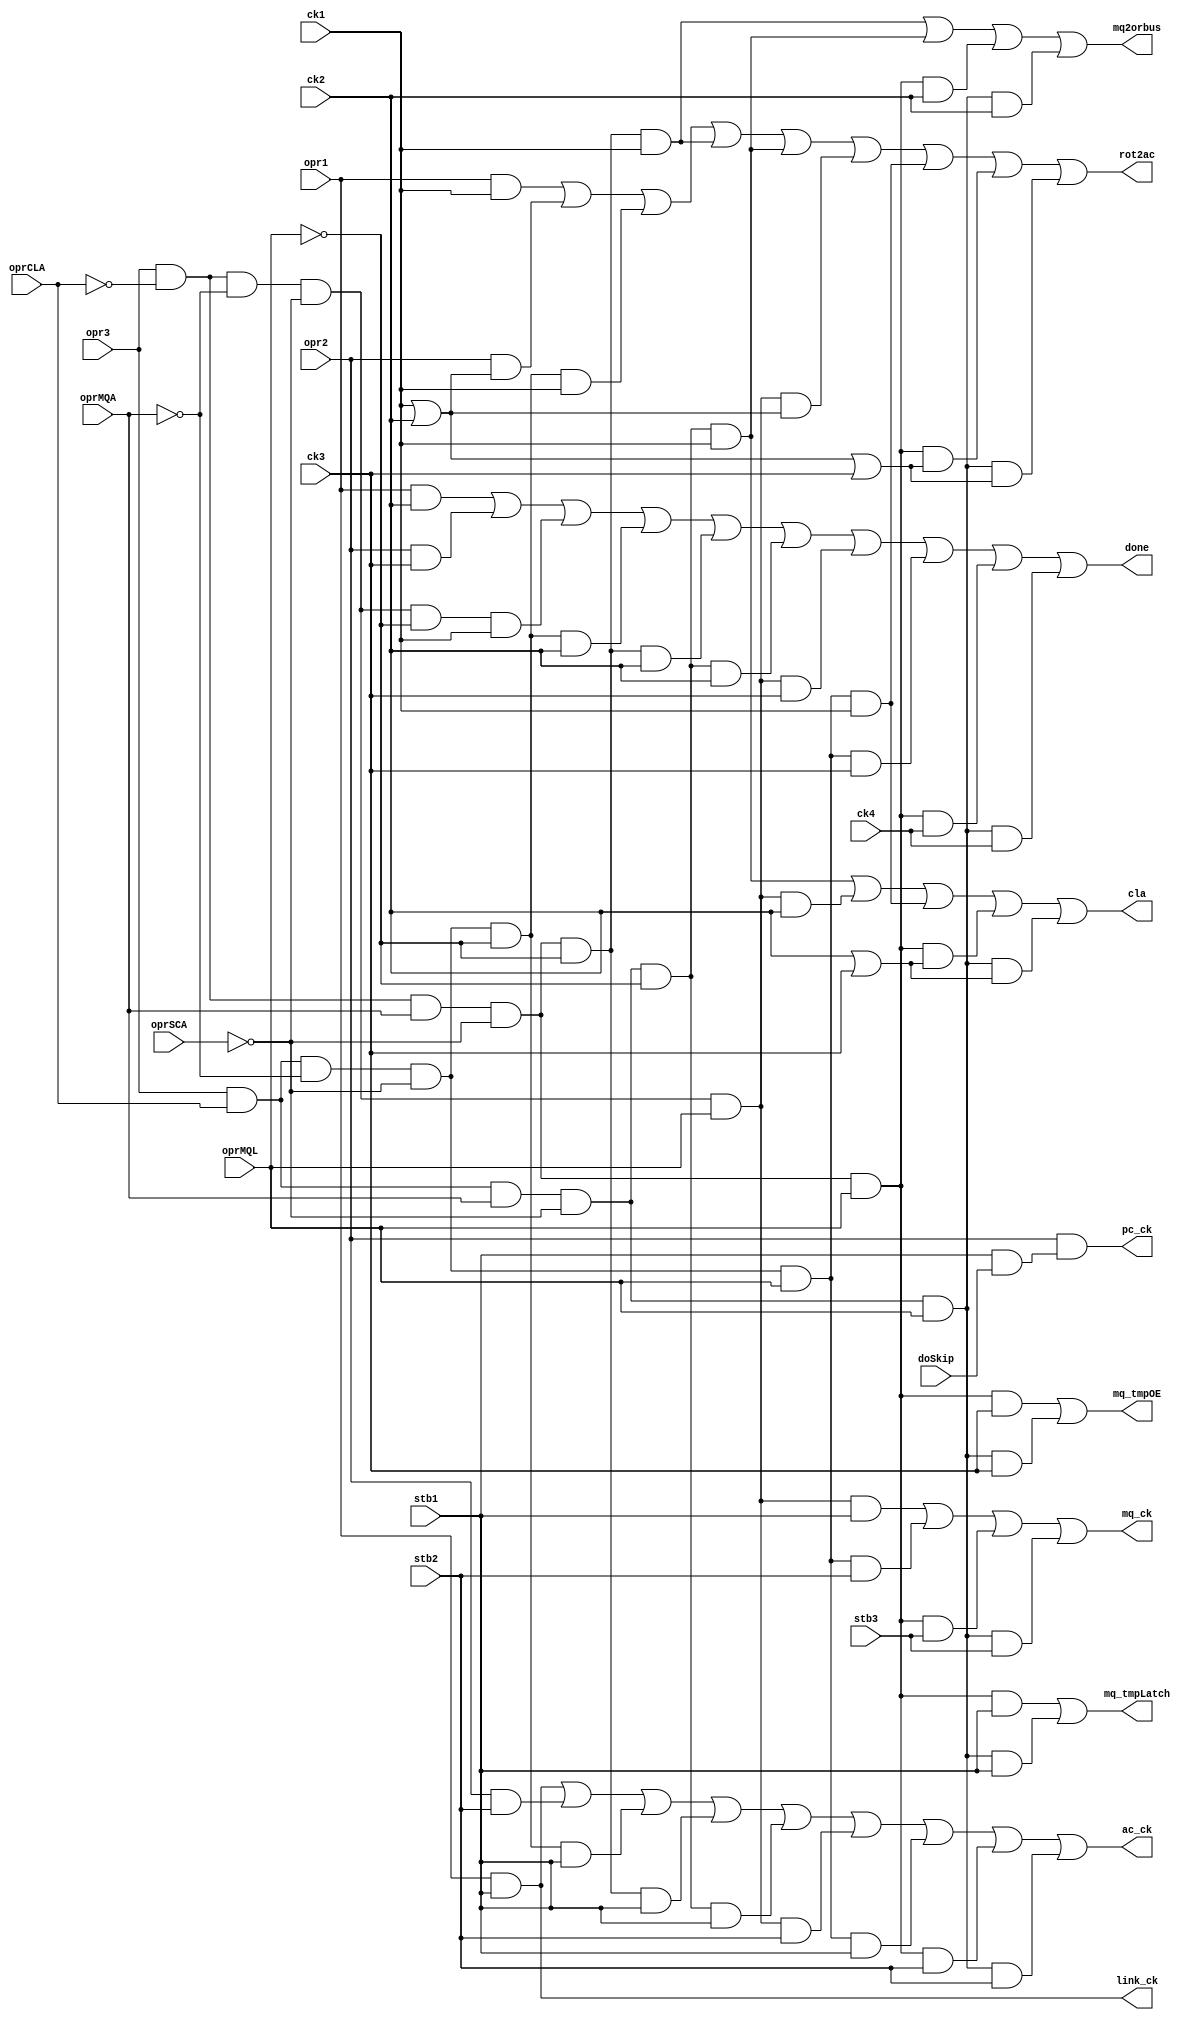
//
// InstructionOPR.v - for the PDP-8 in Verilog project
//
// github.com/SmallRoomLabs/PDP8-Verilog
// Mats Engstrom - mats.engstrom@gmail.com
//
// InstructionOPR | 0 | 15 | 0 | 10
//

`default_nettype none

module InstructionOPR (
  input ck1, ck2, ck3, ck4,
  input stb1,stb2,stb3,
  input doSkip,
  input opr1,
  input opr2,
  input opr3,
  input oprCLA,
  input oprMQA,
  input oprMQL,
  input oprSCA,

  output ac_ck,
  output cla,
  output done,
  output link_ck,
  output mq_ck,
  output mq2orbus,
  output pc_ck,
  output rot2ac,
  output mq_tmpLatch,
  output mq_tmpOE
);

wire      ac_ckOPR1, ac_ckOPR2, ac_ckOPR3B, ac_ckOPR3C, ac_ckOPR3D, ac_ckOPR3I, ac_ckOPR3J, ac_ckOPR3K, ac_ckOPR3L;
or(ac_ck, ac_ckOPR1, ac_ckOPR2, ac_ckOPR3B, ac_ckOPR3C, ac_ckOPR3D, ac_ckOPR3I, ac_ckOPR3J, ac_ckOPR3K, ac_ckOPR3L);

wire    claO3D, claO3I, claO3J, claO3K, claO3L;
or(cla, claO3D, claO3I, claO3J, claO3K, claO3L);

wire     doneOPR1, doneOPR2, doneOPR3A, doneOPR3B, doneOPR3C, doneOPR3D, doneOPR3I, doneOPR3J, doneOPR3K, doneOPR3L;
or(done, doneOPR1, doneOPR2, doneOPR3A, doneOPR3B, doneOPR3C, doneOPR3D, doneOPR3I, doneOPR3J, doneOPR3K, doneOPR3L);

wire        link_ckOPR1;
or(link_ck, link_ckOPR1);

wire      mq_ckOPR3I, mq_ckOPR3J, mq_ckOPR3K, mq_ckOPR3L;
or(mq_ck, mq_ckOPR3I, mq_ckOPR3J, mq_ckOPR3K, mq_ckOPR3L);

wire         mq2orbusOPR3C, mq2orbusOPR3D, mq2orbusOPR3K, mq2orbusOPR3L;
or(mq2orbus, mq2orbusOPR3C, mq2orbusOPR3D, mq2orbusOPR3K, mq2orbusOPR3L);

wire      pc_ckOPR2;
or(pc_ck, pc_ckOPR2);

wire       rot2acOPR1, rot2acOPR2, rot2acOPR3B, rot2acOPR3C, rot2acOPR3D, rot2acOPR3I, rot2acOPR3J, rot2acOPR3K, rot2acOPR3L;
or(rot2ac, rot2acOPR1, rot2acOPR2, rot2acOPR3B, rot2acOPR3C, rot2acOPR3D, rot2acOPR3I, rot2acOPR3J, rot2acOPR3K, rot2acOPR3L);

wire            mq_tmpLatch3K, mq_tmpLatch3L;
or(mq_tmpLatch, mq_tmpLatch3K, mq_tmpLatch3L);

wire         mq_tmpOE3K, mq_tmpOE3L;
or(mq_tmpOE, mq_tmpOE3K, mq_tmpOE3L);


    wire OP1=opr1;
    wire OP2=opr2;
    wire O3a=opr3 & !oprCLA & !oprMQA & !oprSCA & !oprMQL; // 7401 NOP
    wire O3b=opr3 &  oprCLA & !oprMQA & !oprSCA & !oprMQL; // 7601 CLA
    wire O3c=opr3 & !oprCLA &  oprMQA & !oprSCA & !oprMQL; // 7501 MQA
    wire O3d=opr3 &  oprCLA &  oprMQA & !oprSCA & !oprMQL; // 7701 ACL
    // wire O3e=opr3 & !oprCLA & !oprMQA &  oprSCA & !oprMQL;
    // wire O3f=opr3 &  oprCLA & !oprMQA &  oprSCA & !oprMQL;
    // wire O3g=opr3 & !oprCLA &  oprMQA &  oprSCA & !oprMQL;
    // wire O3h=opr3 &  oprCLA &  oprMQA &  oprSCA & !oprMQL;
    wire O3i=opr3 & !oprCLA & !oprMQA & !oprSCA &  oprMQL; // 7421 MQL
    wire O3j=opr3 &  oprCLA & !oprMQA & !oprSCA &  oprMQL; // 7621 CAM
    wire O3k=opr3 & !oprCLA &  oprMQA & !oprSCA &  oprMQL; // 7521 SWP
    wire O3l=opr3 &  oprCLA &  oprMQA & !oprSCA &  oprMQL; // 7721 CLA, SWP
    // wire O3m=opr3 & !oprCLA & !oprMQA &  oprSCA &  oprMQL;
    // wire O3n=opr3 &  oprCLA & !oprMQA &  oprSCA &  oprMQL;
    // wire O3o=opr3 & !oprCLA &  oprMQA &  oprSCA &  oprMQL;
    // wire O3p=opr3 &  oprCLA &  oprMQA &  oprSCA &  oprMQL;

    //                            1     1      2     2      3     3      4     4      5     5      6     6
    //                            ### | #### | ### | #### | ### | #### | ### | #### | ### | #### | ### | #### 
    assign rot2acOPR1=      OP1&(ck1                                                                        );
    assign ac_ckOPR1=       OP1&(      stb1                                                                 );
    assign link_ckOPR1=     OP1&(      stb1                                                                 );
    assign doneOPR1=        OP1&(           ck2                                                             );

    //                            1     1      2     2      3     3      4     4      5     5      6     6
    //                            ### | #### | ### | #### | ### | #### | ### | #### | ### | #### | ### | #### 
    assign rot2acOPR2=      OP2&(ck1 |        ck2                                                           );
    assign pc_ckOPR2=       OP2&(      stb1 & doSkip                                                        );
    assign ac_ckOPR2=       OP2&(                   stb2                                                    );
    assign doneOPR2=        OP2&(                          ck3                                              );

    //  1--CLA
    //  2--MQA, MQL
    //  3--ALL OTHERS

    //
    // NOP        7401    no operation                      ()
    // CLA        7601    clear AC                          (CLA)
    // MQL        7421    load MQ from AC then clear AC     (MQL)
    // MQA        7501    inclusive OR the MQ with the AC   (MQA)
    // CAM        7621    clear AC and MQ                   (CLA, MQL)
    // SWP        7521    swap AC and MQ                    (MQL,MQA,SWP)
    // ACL        7701    load MQ into AC                   (CLA,MQA)
    // CLA, SWP   7721    load AC from MQ then clear MQ     (CLA,MQL,MQA,SWP)
    //


    // NOP        7401    no operation                      ()
    //                            1     1      2     2      3     3      4     4      5     5      6     6
    //                            ### | #### | ### | #### | ### | #### | ### | #### | ### | #### | ### | #### 
    assign doneOPR3A=        O3a&(ck1                                                                        );


    // CLA        7601    clear AC                          (CLA)
    //                            1     1      2     2      3     3      4     4      5     5      6     6
    //                            ### | #### | ### | #### | ### | #### | ### | #### | ### | #### | ### | #### 
    assign rot2acOPR3B=      O3b&(ck1                                                                        );
    assign ac_ckOPR3B=       O3b&(      stb1                                                                 );
    assign doneOPR3B=        O3b&(             ck2                                                           );


    // MQA        7501    inclusive OR the MQ with the AC   (MQA)
    //                            1     1      2     2      3     3      4     4      5     5      6     6
    //                            ### | #### | ### | #### | ### | #### | ### | #### | ### | #### | ### | #### 
    assign rot2acOPR3C=      O3c&(ck1                                                                        );
    assign mq2orbusOPR3C=    O3c&(ck1);
    assign ac_ckOPR3C=       O3c&(      stb1                                                                 );
    assign doneOPR3C=        O3c&(             ck2                                                           );

    // ACL        7701    load MQ into AC                   (CLA,MQA)
    //                            1     1      2     2      3     3      4     4      5     5      6     6
    //                            ### | #### | ### | #### | ### | #### | ### | #### | ### | #### | ### | #### 
    assign rot2acOPR3D=      O3d&(ck1                                                            );
    assign mq2orbusOPR3D=    O3d&(ck1);
    assign claO3D=           O3d&(ck1                                                                        );
    assign ac_ckOPR3D=       O3d&(      stb1                                                                 );
    assign doneOPR3D=        O3d&(                          ck2                                              );


    // MQL        7421    load MQ from AC then clear AC     (MQL)
    //                            1     1      2     2      3     3      4     4      5     5      6     6
    //                            ### | #### | ### | #### | ### | #### | ### | #### | ### | #### | ### | #### 
    assign rot2acOPR3I=      O3i&(ck1 |        ck2                                                           );
    assign mq_ckOPR3I=       O3i&(      stb1                                                                 );
    assign claO3I=           O3i&(             ck2                                                           );
    assign ac_ckOPR3I=       O3i&(                   stb2                                                    );
    assign doneOPR3I=        O3i&(                          ck3                                              );


    // CAM        7621    clear AC and MQ                   (CLA, MQL)
    //                            1     1      2     2      3     3      4     4      5     5      6     6
    //                            ### | #### | ### | #### | ### | #### | ### | #### | ### | #### | ### | #### 
    assign rot2acOPR3J=      O3j&(ck1 |        ck1                                                           );
    assign mq_ckOPR3J=       O3j&(      stb2                                                                 );
    assign claO3J=           O3j&(             ck1                                                           );
    assign ac_ckOPR3J=       O3j&(                   stb1                                                    );
    assign doneOPR3J=        O3j&(                          ck3                                              );

    // SWP        7521    swap AC and MQ                    (MQL,MQA,SWP)
    //                            1     1      2     2      3     3      4     4      5     5      6     6
    //                            ### | #### | ### | #### | ### | #### | ### | #### | ### | #### | ### | #### 
    assign rot2acOPR3K=      O3k&(ck1 |        ck2 |        ck3                                              );
    assign mq_tmpLatch3K=    O3k&(      stb1                                                                 );
    assign claO3K=           O3k&(             ck2 |        ck3                                              );
    assign mq2orbusOPR3K=    O3k&(             ck2                                                           );
    assign ac_ckOPR3K=       O3k&(                   stb2                                                    );
    assign mq_tmpOE3K=       O3k&(                          ck3                                              );
    assign mq_ckOPR3K=       O3k&(                                stb3                                       );
    assign doneOPR3K=        O3k&(                                       ck4                                 );

    // CLA, SWP   7721    load AC from MQ then clear MQ     (CLA,MQL,MQA,SWP)
    //                            1     1      2     2      3     3      4     4      5     5      6     6
    //                            ### | #### | ### | #### | ### | #### | ### | #### | ### | #### | ### | #### 
    assign rot2acOPR3L=      O3l&(ck1 |        ck2 |        ck3                                              );
    assign mq_tmpLatch3L=    O3l&(      stb1                                                                 );
    assign claO3L=           O3l&(             ck2 |        ck3                                              );
    assign mq2orbusOPR3L=    O3l&(             ck2                                                           );
    assign ac_ckOPR3L=       O3l&(                   stb2                                                    );
    assign mq_tmpOE3L=       O3l&(                          ck3                                              );
    assign mq_ckOPR3L=       O3l&(                                stb3                                       );
    assign doneOPR3L=        O3l&(                                       ck4                                 );


    // assign rot2acOPR3L=      O3l&(ck1 |        ck2                                                           );
    // assign mq2orbusOPR3L=    O3l&(             ck2                                                           );
    // assign claO3L=           O3l&(ck1                                                                        );
    // assign ac_ckOPR3L=       O3l&(      stb1 |       stb2                                                    );
    // assign mq_holdOPR3L=     O3l&(             ck2                                                           );
    // assign mq_ckOPR3L=       O3l&(                   stb2                                                    );
    // assign doneOPR3L=        O3l&(                          ck3                                              );


endmodule